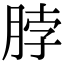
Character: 脖